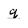
Character: q